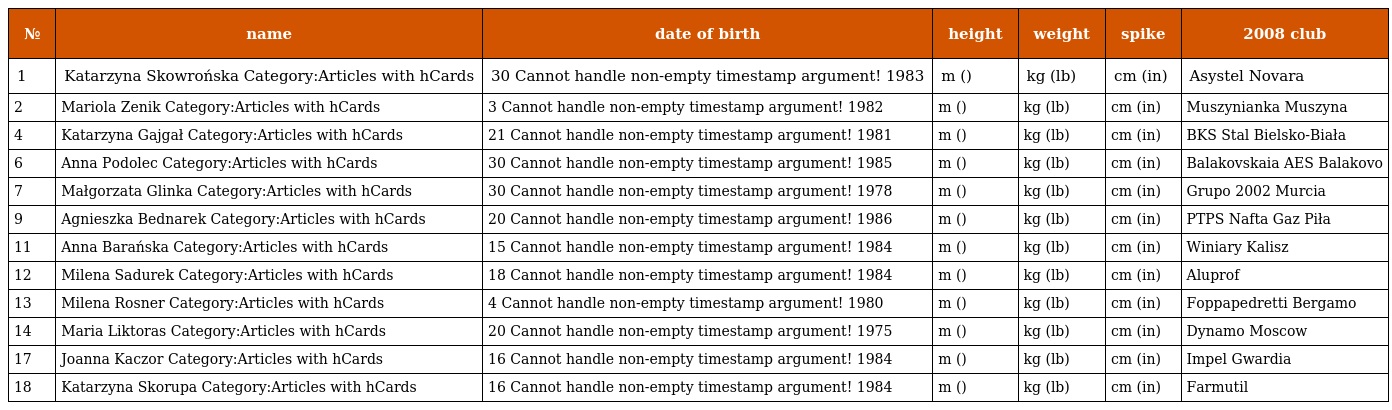
| № | name | date of birth | height | weight | spike | 2008 club |
 | --- | --- | --- | --- | --- | --- | --- |
 | 1 | Katarzyna Skowrońska Category:Articles with hCards | 30 Cannot handle non-empty timestamp argument! 1983 | m () | kg (lb) | cm (in) | Asystel Novara |
 | 2 | Mariola Zenik Category:Articles with hCards | 3 Cannot handle non-empty timestamp argument! 1982 | m () | kg (lb) | cm (in) | Muszynianka Muszyna |
 | 4 | Katarzyna Gajgał Category:Articles with hCards | 21 Cannot handle non-empty timestamp argument! 1981 | m () | kg (lb) | cm (in) | BKS Stal Bielsko-Biała |
 | 6 | Anna Podolec Category:Articles with hCards | 30 Cannot handle non-empty timestamp argument! 1985 | m () | kg (lb) | cm (in) | Balakovskaia AES Balakovo |
 | 7 | Małgorzata Glinka Category:Articles with hCards | 30 Cannot handle non-empty timestamp argument! 1978 | m () | kg (lb) | cm (in) | Grupo 2002 Murcia |
 | 9 | Agnieszka Bednarek Category:Articles with hCards | 20 Cannot handle non-empty timestamp argument! 1986 | m () | kg (lb) | cm (in) | PTPS Nafta Gaz Piła |
 | 11 | Anna Barańska Category:Articles with hCards | 15 Cannot handle non-empty timestamp argument! 1984 | m () | kg (lb) | cm (in) | Winiary Kalisz |
 | 12 | Milena Sadurek Category:Articles with hCards | 18 Cannot handle non-empty timestamp argument! 1984 | m () | kg (lb) | cm (in) | Aluprof |
 | 13 | Milena Rosner Category:Articles with hCards | 4 Cannot handle non-empty timestamp argument! 1980 | m () | kg (lb) | cm (in) | Foppapedretti Bergamo |
 | 14 | Maria Liktoras Category:Articles with hCards | 20 Cannot handle non-empty timestamp argument! 1975 | m () | kg (lb) | cm (in) | Dynamo Moscow |
 | 17 | Joanna Kaczor Category:Articles with hCards | 16 Cannot handle non-empty timestamp argument! 1984 | m () | kg (lb) | cm (in) | Impel Gwardia |
 | 18 | Katarzyna Skorupa Category:Articles with hCards | 16 Cannot handle non-empty timestamp argument! 1984 | m () | kg (lb) | cm (in) | Farmutil |